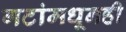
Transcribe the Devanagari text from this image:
गटांमधूनही